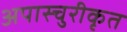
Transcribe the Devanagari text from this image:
अपास्चुरीकृत